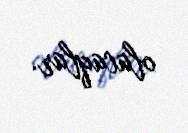
olacaqlar.